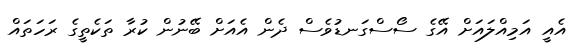
އެއީ އަމިއްލައަށް އޭގެ ސޯސްގަނޑުވެސް ދެން އެއަށް ބޭނުން ކުރާ ތަކެތީގެ ރަހަތައް